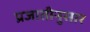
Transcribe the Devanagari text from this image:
प्रजातीनुसार